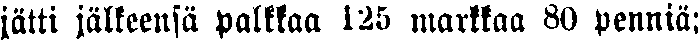
jätti jälkeensä palkkaa 125 markkaa 80 penniä;